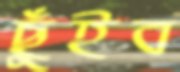
ছুঁইব